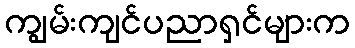
ကျွမ်းကျင်ပညာရှင်များက